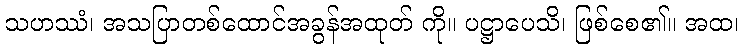
သဟဿံ၊ အသပြာတစ်ထောင်အခွန်အထုတ် ကို။ ပဋ္ဌာပေသိ၊ ဖြစ်စေ၏။ အထ၊